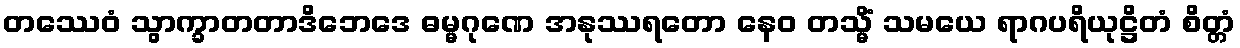
တဿေဝံ သွာက္ခာတတာဒိဘေဒေ ဓမ္မဂုဏေ အနုဿရတော နေဝ တသ္မိံ သမယေ ရာဂပရိယုဋ္ဌိတံ စိတ္တံ